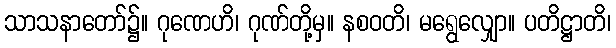
သာသနာတော်၌။ ဂုဏေဟိ၊ ဂုဏ်တို့မှ။ နစဝတိ၊ မရွေလျှော။ ပတိဋ္ဌာတိ၊